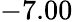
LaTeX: -7.00